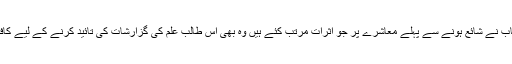
اس کتاب نے شائع ہونے سے پہلے معاشرے پر جو اثرات مرتب کئے ہیں وہ بھی اس طالب علم کی گزارشات کی تائید کرنے کے لیے کافی ہیں۔